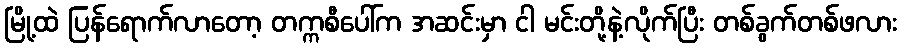
မြို့ထဲ ပြန်ရောက်လာတော့ တက္ကစီပေါ်က အဆင်းမှာ ငါ မင်းတို့နဲ့လိုက်ပြီး တစ်ခွက်တစ်ဖလား